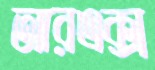
আরএক্স